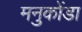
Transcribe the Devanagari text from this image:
मनुकोंडा